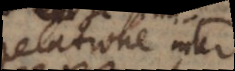
relatione in